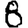
Digit: 8